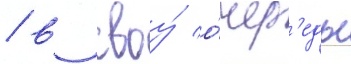
/ в своу́ о́чер'едь